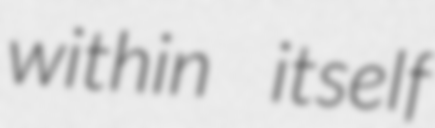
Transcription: within itself